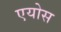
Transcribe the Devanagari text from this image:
एयोस